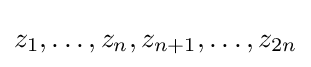
z_{1},\dots ,z_{n},z_{n+1},\dots ,z_{2n}